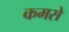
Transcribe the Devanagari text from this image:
कमसे